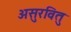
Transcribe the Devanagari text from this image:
असुरवितु